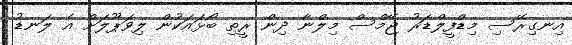
އިނގިރޭސި މިޑްފީލްޑަރު ޖޭމްސް މިލްނާ ދިން ރީތި ބޯޅައަކުން ލިވަޕޫލަށް އެ ލަނޑު